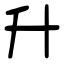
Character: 升